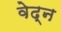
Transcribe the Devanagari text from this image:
वेद्न